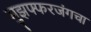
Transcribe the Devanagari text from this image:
मुझफ्फरजंगचा